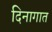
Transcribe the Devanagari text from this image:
दिनागात